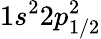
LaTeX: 1s^{2}2p_{1/2}^{2}